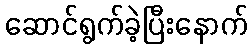
ဆောင်ရွက်ခဲ့ပြီးနောက်